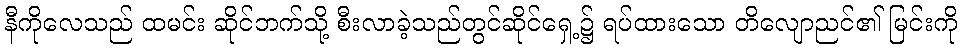
နီကိုလေသည် ထမင်း ဆိုင်ဘက်သို့ စီးလာခဲ့သည်တွင်ဆိုင်ရှေ့၌ ရပ်ထားသော တိလျောညင်၏ မြင်းကို